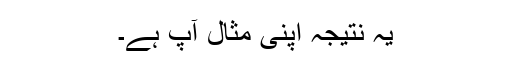
یہ نتیجہ اپنی مثال آپ ہے۔